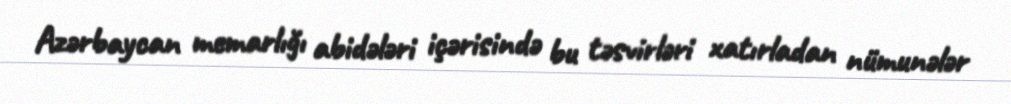
Azərbaycan memarlığı abidələri içərisində bu təsvirləri xatırladan nümunələr